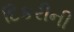
દિકરીની